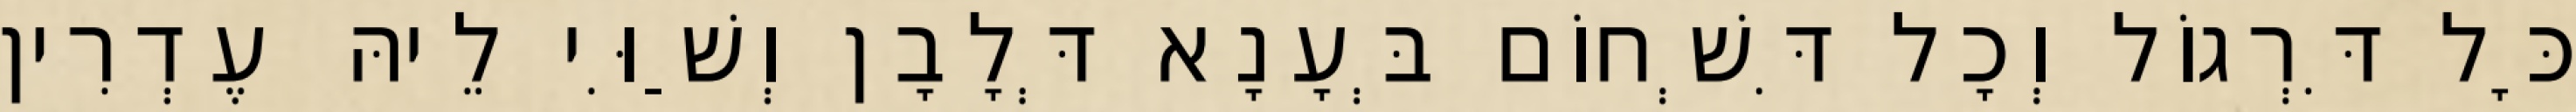
כָּל דִּרְגוֹל וְכָל דִּשְׁחוֹם בְּעָנָא דְּלָבָן וְשַׁוִּי לֵיהּ עֶדְרִין